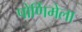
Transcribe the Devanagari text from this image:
पोर्णिमेला